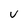
Character: v